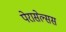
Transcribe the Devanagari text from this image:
पेरासेल्सस